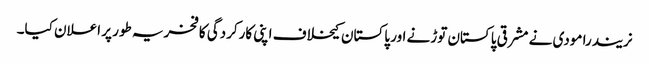
نریندرا مودی نے مشرقی پاکستان توڑنے اور پاکستان کیخلاف اپنی کارکردگی کا فخریہ طور پر اعلان کیا۔